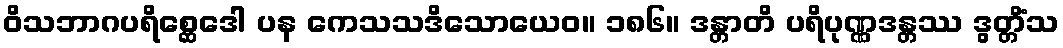
ဝိသဘာဂပရိစ္ဆေဒေါ ပန ကေသသဒိသောယေဝ။ ၁၈၆။ ဒန္တာတိ ပရိပုဏ္ဏဒန္တဿ ဒွတ္တိံသ